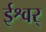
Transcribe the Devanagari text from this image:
ईश्वर्